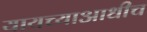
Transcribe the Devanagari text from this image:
यायच्याआधीच